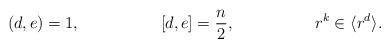
\begin{align*}(d,e) & =1, & [d,e] & = \frac{n}{2}, & & r^{k} \in \langle r^{d}\rangle.\end{align*}